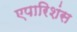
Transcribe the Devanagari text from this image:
एपारिशंस